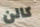
كالن